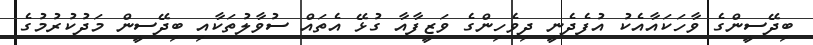
ބިދޭސީންގެ ވާހަކައާއެކު އުފެދެނީ ދިވެހިންގެ ވަޒީފާއާ ގުޅޭ އެތައް ސުވާލުތަކާއި ބިދޭސީން މަދުކުރުމުގެ